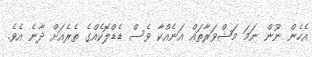
އެހެން ނޫން ނަމަ މަޝްވަރާތައް އަނެއްކާ ވެސް ޑެޑްލޮކެއްގެ ތެރެއަށް ދާނެ އެވެ.